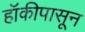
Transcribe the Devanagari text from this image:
हॉकीपासून